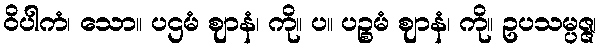
ဝိပါကံ၊ သော။ ပဌမံ ဈာနံ၊ ကို။ ပ။ ပဉ္စမံ ဈာနံ၊ ကို။ ဥပသမ္ပဇ္ဇ၊